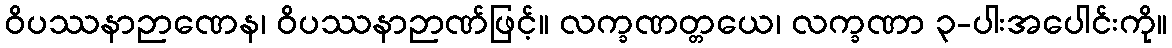
ဝိပဿနာဉာဏေန၊ ဝိပဿနာဉာဏ်ဖြင့်။ လက္ခဏတ္တယေ၊ လက္ခဏာ ၃-ပါးအပေါင်းကို။